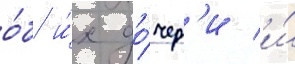
о́б и́х до́чер'и и́